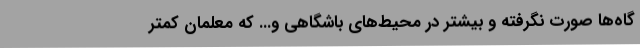
گاه‌ها صورت نگرفته و بیشتر در محیط‌های باشگاهی و... که معلمان کمتر